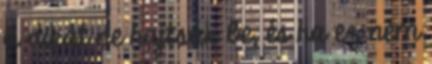
a dikát ne hajtsák be, és ha ez nem